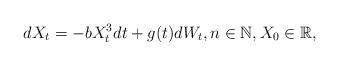
LaTeX: \begin{align*}dX_t=-bX_t^3dt+g(t)dW_t, n\in \mathbb N, X_0\in \mathbb R,\end{align*}